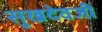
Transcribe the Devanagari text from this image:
सुखदेवजी